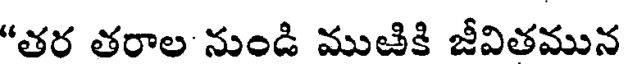
"తర తరాల నుండి ముజికి జీవితమున